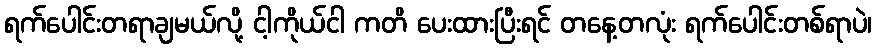
ရက်ပေါင်းတရာချမယ်လို့ ငါ့ကိုယ်ငါ ကတိ ပေးထားပြီးရင် တနေ့တလုံး ရက်ပေါင်းတစ်ရာပဲ၊